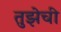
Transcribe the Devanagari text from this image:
तुझेची